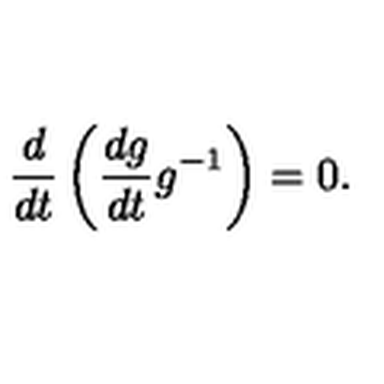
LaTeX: \frac { d } { d t } \left( \frac { d g } { d t } g ^ { - 1 } \right) = 0 .